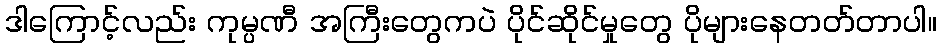
ဒါကြောင့်လည်း ကုမ္ပဏီ အကြီးတွေကပဲ ပိုင်ဆိုင်မှုတွေ ပိုများနေတတ်တာပါ။